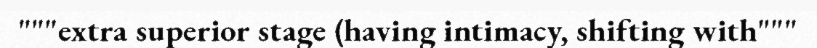
"""extra superior stage (having intimacy, shifting with"""